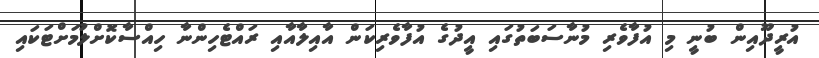
އުރީދޫއިން ބުނީ މި އުފާވެރި މުނާސަބަތުގައި އީދުގެ އުފާވެރިކަން އާއިލާއާއި ރައްޓެހިންނާ ހިއްސާކޮށްލުމަށްޓަކައި